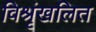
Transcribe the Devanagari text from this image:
विश्रृंखलित